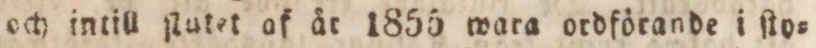
och intill ſlutet of åt 1855 wara ordförande i ſto=